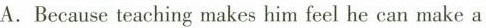
A.Because teaching makes him feel he can make a